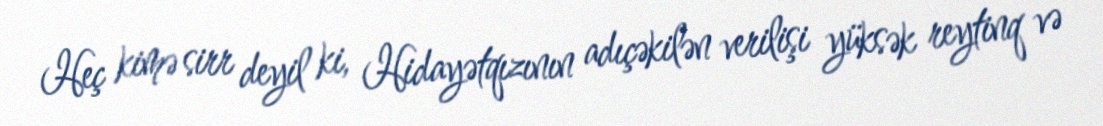
Heç kimə sirr deyil ki, Hidayətqızının adıçəkilən verilişi yüksək reytinq və